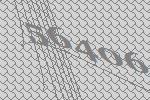
56406